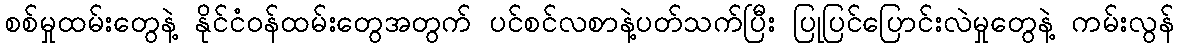
စစ်မှုထမ်းတွေနဲ့ နိုင်ငံဝန်ထမ်းတွေအတွက် ပင်စင်လစာနဲ့ပတ်သက်ပြီး ပြုပြင်ပြောင်းလဲမှုတွေနဲ့ ကမ်းလွန်